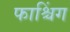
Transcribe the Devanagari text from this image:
फाश्चिंग